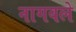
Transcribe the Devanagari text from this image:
नागवले